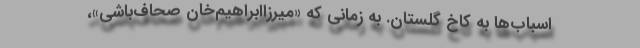
اسباب‌ها به کاخ گلستان. به زمانی که «میرزاابراهیم‌خان صحاف‌باشی»،